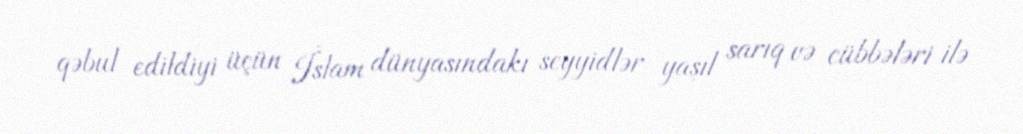
qəbul edildiyi üçün İslam dünyasındakı seyyidlər yaşıl sarıq və cübbələri ilə